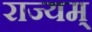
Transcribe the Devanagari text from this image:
राज्यम्